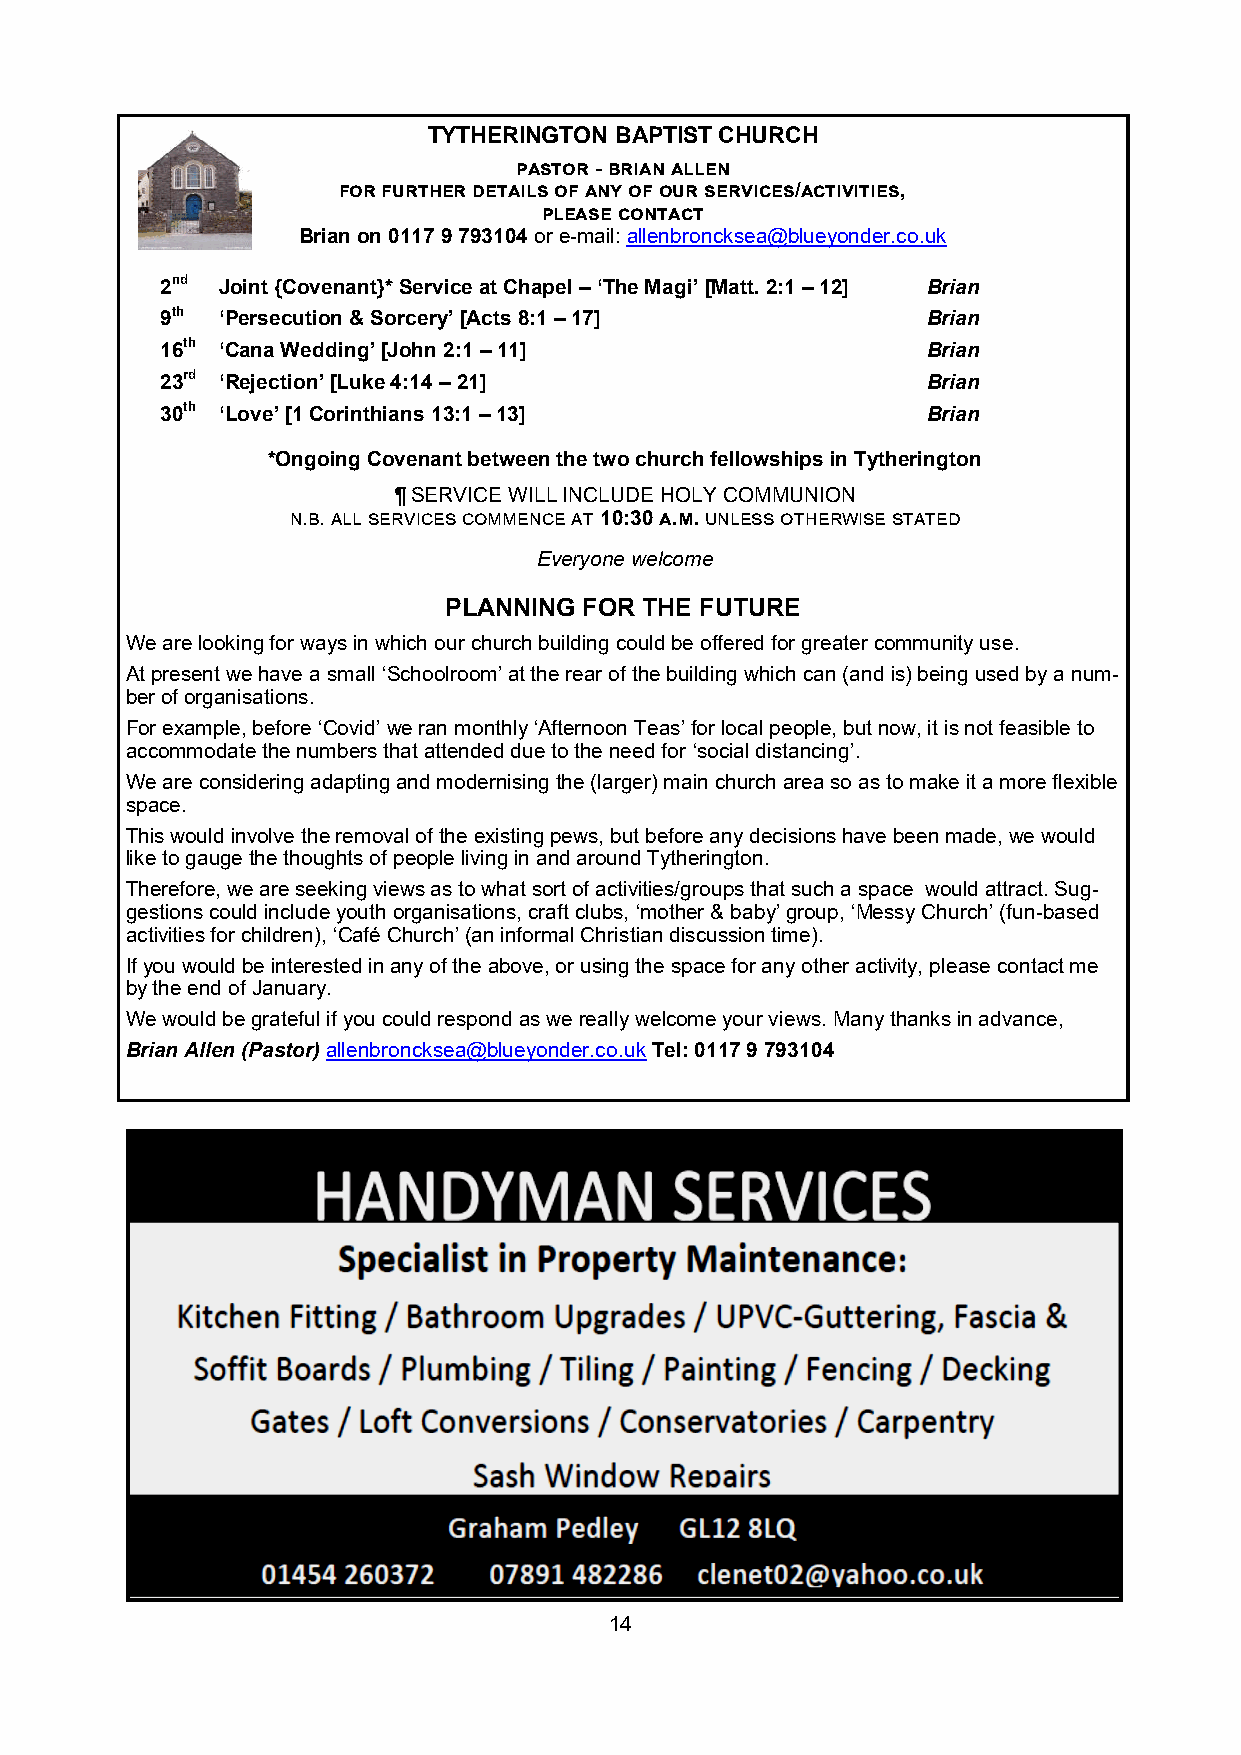
TYTHERINGTON BAPTIST CHURCH
 pastor - brian allen
 for further details of any of our services/activities,
 please contact
 Brian on 0117 9 793104 or e-mail: allenbroncksea@blueyonder.co.uk
 2nd Joint {Covenant}* Service at Chapel – ‘The Magi’ [Matt. 2:1 – 12] Brian
 9th ‘Persecution & Sorcery’ [Acts 8:1 – 17]       Brian
 16th ‘Cana Wedding’ [John 2:1 – 11]               Brian
 23rd ‘Rejection’ [Luke 4:14 – 21]                 Brian
 30th ‘Love’ [1 Corinthians 13:1 – 13]             Brian
 *Ongoing Covenant between the two church fellowships in Tytherington
 ¶ SERVICE WILL INCLUDE HOLY COMMUNION
 n.b. all services commence at 10:30 a.m. unless otherwise stated
 Everyone welcome
 PLANNING  FOR THE FUTURE
 We are looking for ways in which our church building could be offered for greater community use.
 At present we have a small ‘Schoolroom’ at the rear of the building which can (and is) being used by a num-
 ber of organisations.
 For example, before ‘Covid’ we ran monthly ‘Afternoon Teas’ for local people, but now, it is not feasible to
 accommodate the numbers that attended due to the need for ‘social distancing’.
 We are considering adapting and modernising the (larger) main church area so as to make it a more flexible
 space.
 This would involve the removal of the existing pews, but before any decisions have been made, we would
 like to gauge the thoughts of people living in and around Tytherington.
 Therefore, we are seeking views as to what sort of activities/groups that such a space would attract. Sug-
 gestions could include youth organisations, craft clubs, ‘mother & baby’ group, ‘Messy Church’ (fun-based
 activities for children), ‘Café Church’ (an informal Christian discussion time).
 If you would be interested in any of the above, or using the space for any other activity, please contact me
 by the end of January.
 We would be grateful if you could respond as we really welcome your views. Many thanks in advance,
 Brian Allen (Pastor) allenbroncksea@blueyonder.co.uk Tel: 0117 9 793104
 14